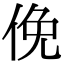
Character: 俛